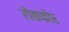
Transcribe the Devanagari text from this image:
रोकफोर